38_143685_box_Incident_Summaries_101-172
Agency: Department of War
Page 39
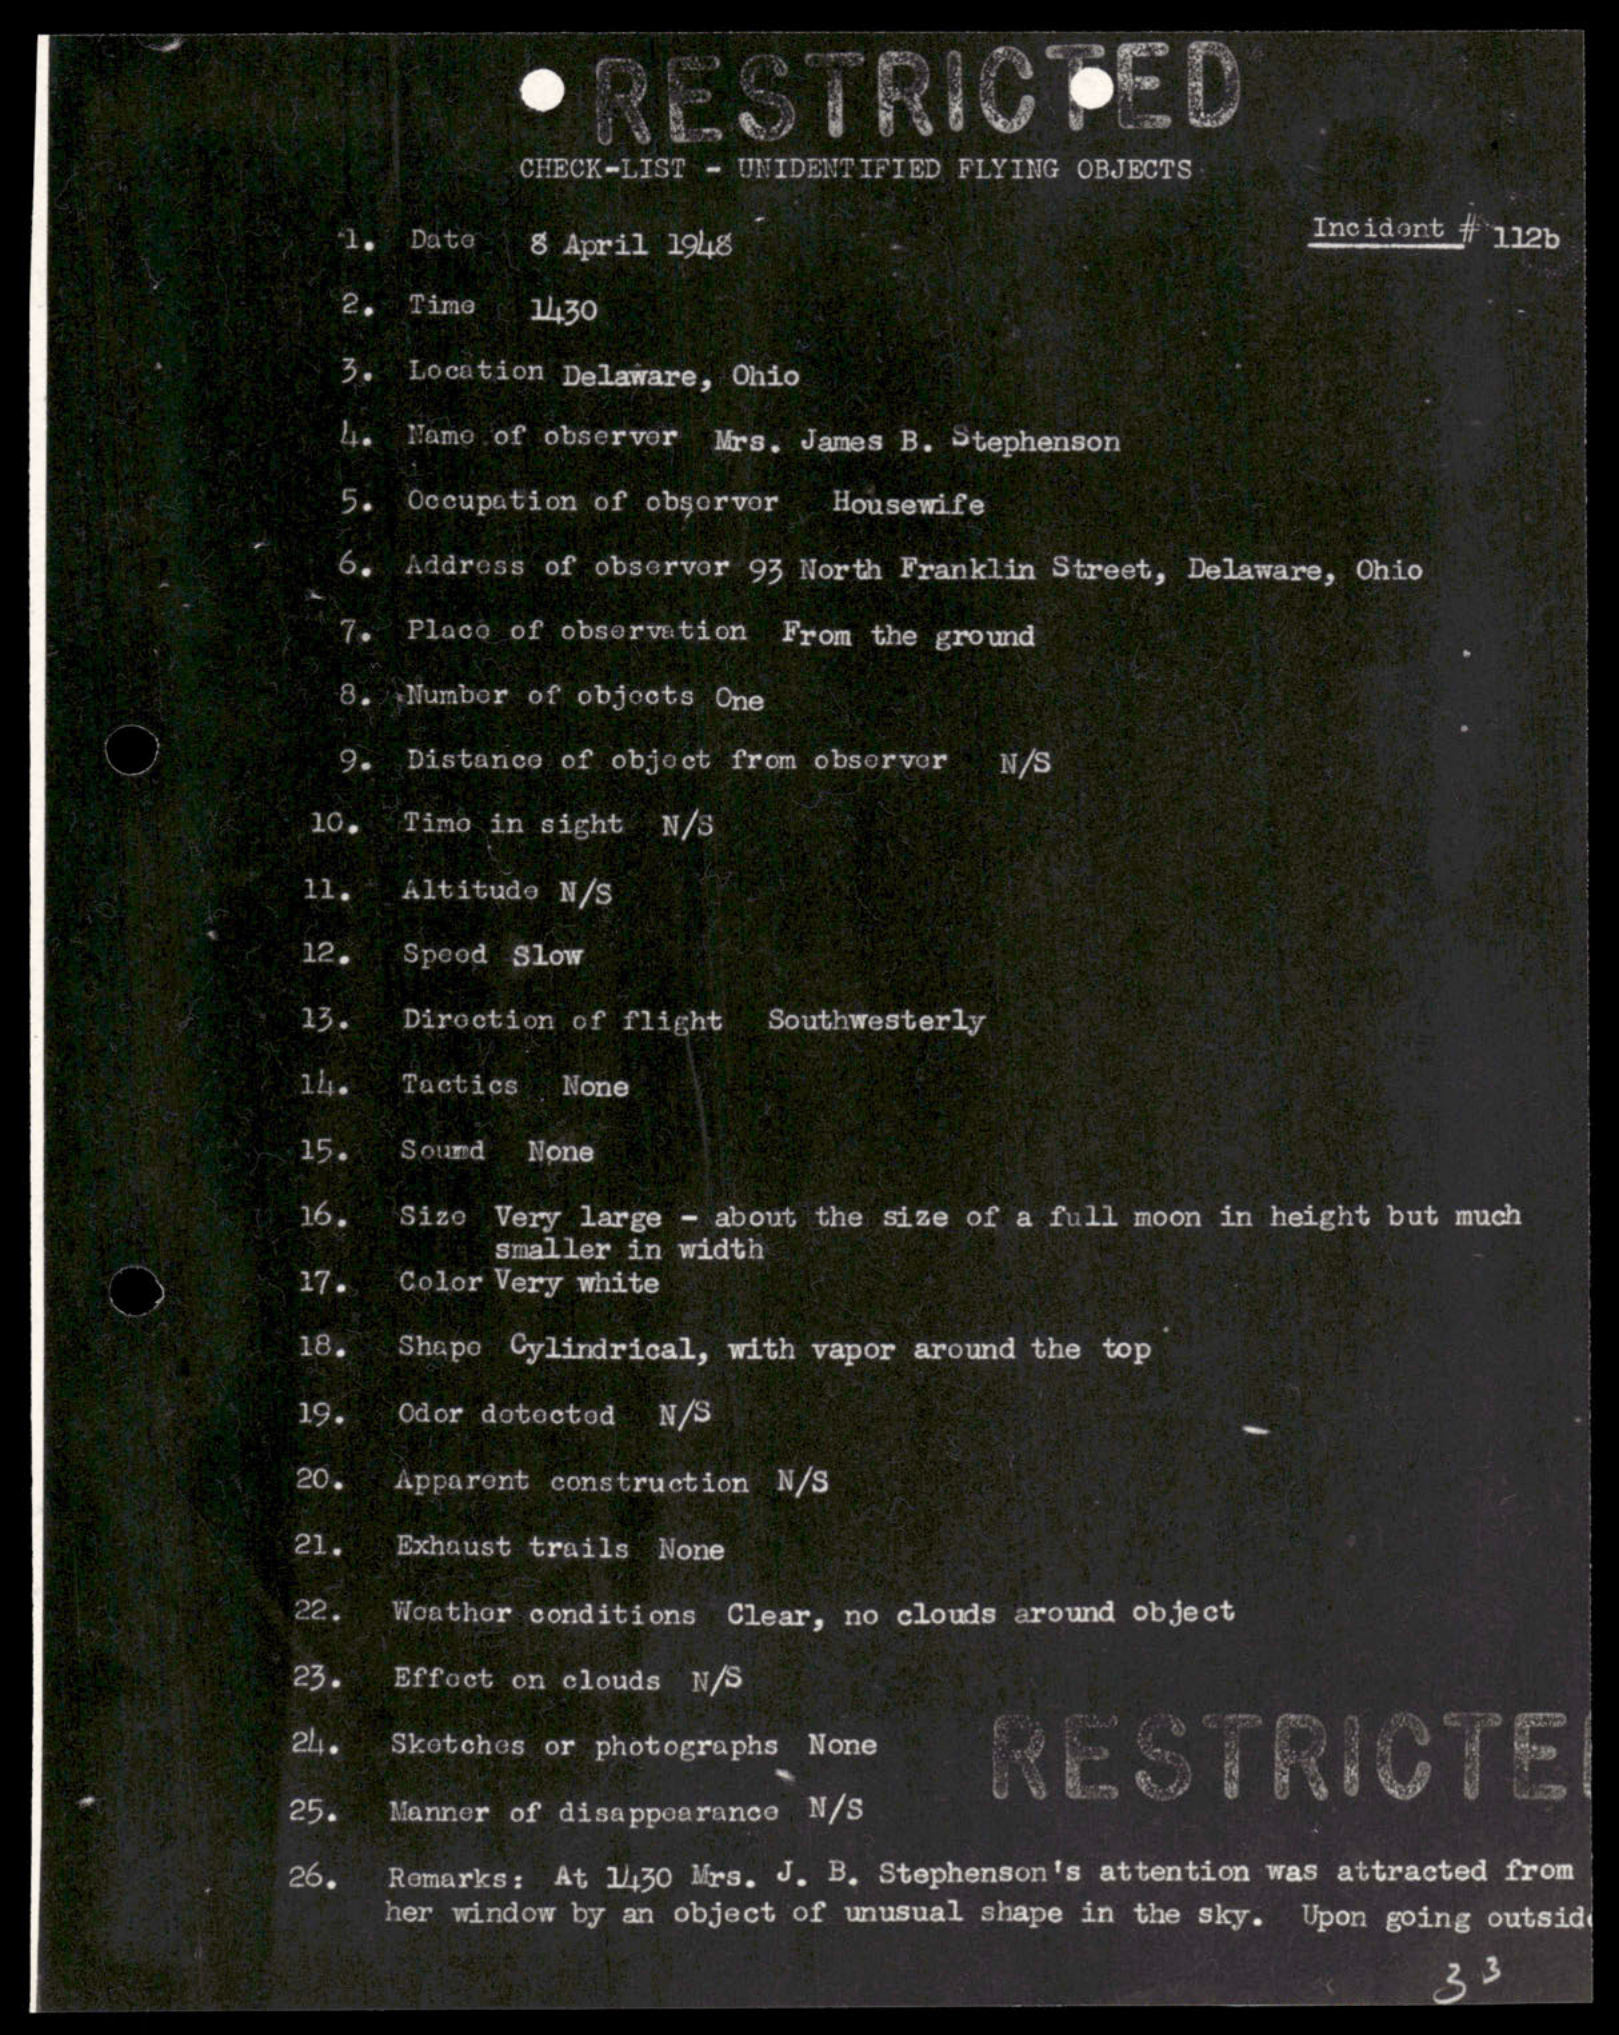